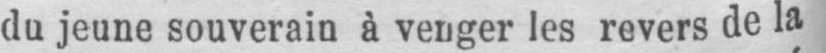
du jeune souverain à venger les revers de la